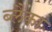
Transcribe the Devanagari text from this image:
ब्लैका